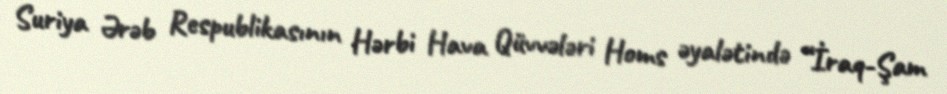
Suriya Ərəb Respublikasının Hərbi Hava Qüvvələri Homs əyalətində “İraq-Şam